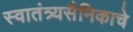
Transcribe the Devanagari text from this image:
स्वातंत्र्यसैनिकाचे